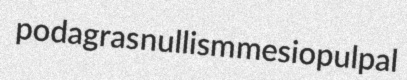
podagras nullism mesiopulpal